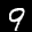
Label: 9